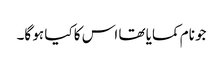
جو نام کمایا تھا اس کا کیا ہو گا۔